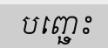
បញ្ឆេះ